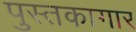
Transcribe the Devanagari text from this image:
पुस्तकागार